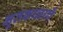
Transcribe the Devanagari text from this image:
भूतकाळाचें